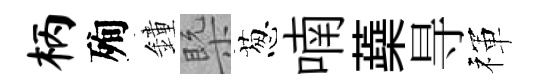
柄殉鐘槩葱喃蘃㝵禈